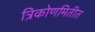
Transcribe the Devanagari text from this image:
त्रिकोणमितीत